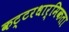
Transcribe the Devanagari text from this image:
कट्टरधार्मिकता